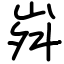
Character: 𡶷